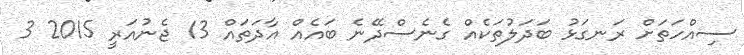
ސިއްހަތަށް ރަނގަޅު ބަދަލުތަކެއް ގެނެސްދޭނެ ބައެއް އާދަތައް 13 ޖެނުއަރީ 2015 3